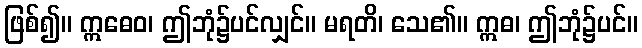
ဖြစ်၍။ ဣဓေဝ၊ ဤဘုံ၌ပင်လျှင်။ မရတိ၊ သေ၏။ ဣဓ၊ ဤဘုံ၌ပင်။